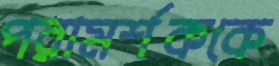
পরামর্শককে